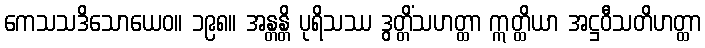
ကေသသဒိသောယေဝ။ ၁၉၈။ အန္တန္တိ ပုရိသဿ ဒွတ္တိံသဟတ္ထာ ဣတ္ထိယာ အဋ္ဌဝီသတိဟတ္ထာ